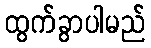
ထွက်ခွာပါမည်